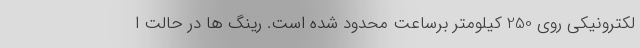
لکترونیکی روی 250 کیلومتر برساعت محدود شده است. رینگ ها در حالت ا